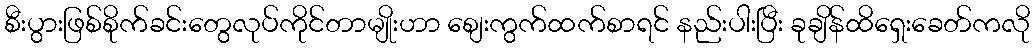
စီးပွားဖြစ်စိုက်ခင်းတွေလုပ်ကိုင်တာမျိုးဟာ စျေးကွက်ထက်စာရင် နည်းပါးပြီး ခုချိန်ထိရှေးခေတ်ကလို